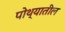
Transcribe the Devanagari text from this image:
पोथ्यातील